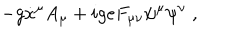
- g \dot { x } ^ { \mu } A _ { \mu } + i g e F _ { \mu \nu } \psi ^ { \mu } \psi ^ { \nu } \; ,